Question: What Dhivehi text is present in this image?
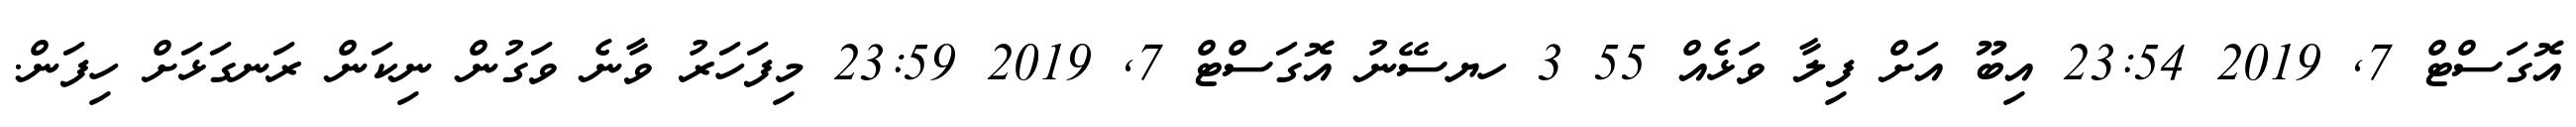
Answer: އޮގަސްޓް 7, 2019 23:54 އިބޫ އަށް ފިލާ ވަޅެއް 55 3 ހޔސޭނު އޮގަސްޓް 7, 2019 23:59 މިފަހަރު ވާނެ ވަގުން ނިކަން ރަނގަޅަށް ހިފަން.